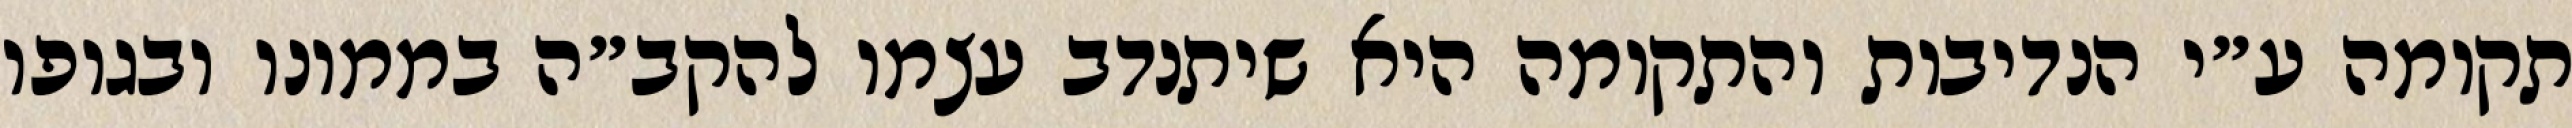
תקומה ע״י הנדיבות והתקומה היא שיתנדב עצמו להקב״ה בממונו ובגופו